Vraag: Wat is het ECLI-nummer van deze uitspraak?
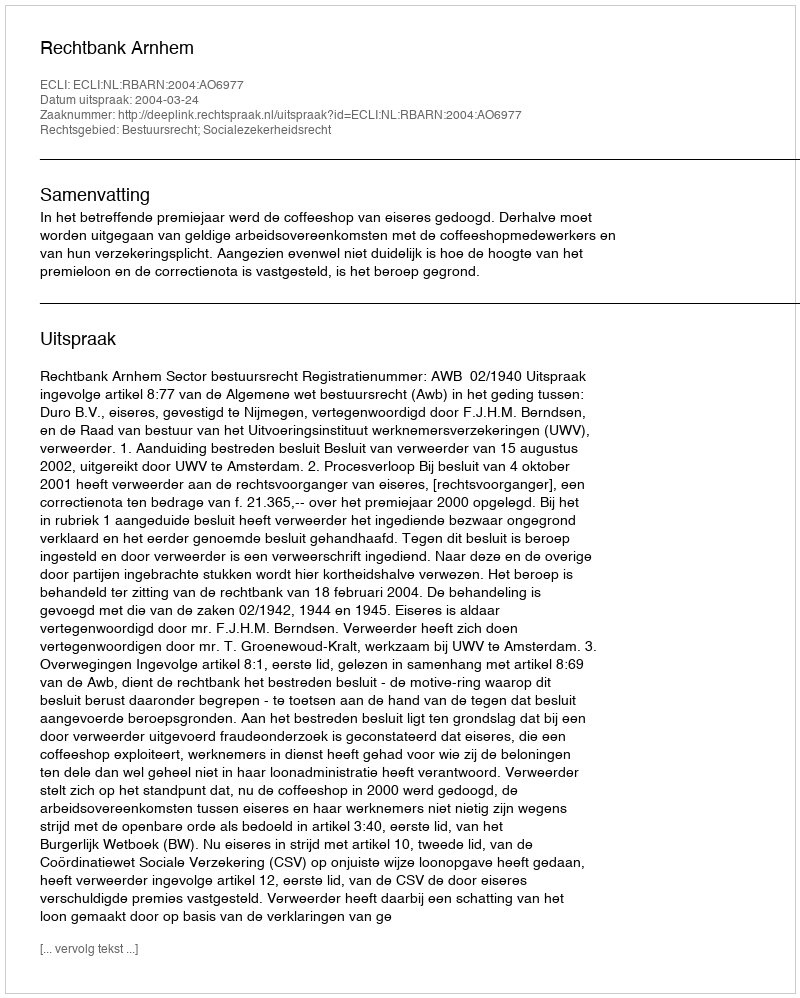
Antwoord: ECLI:NL:RBARN:2004:AO6977